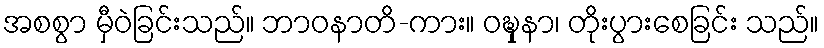
အစစွာ မှီဝဲခြင်းသည်။ ဘာဝနာတိ-ကား။ ဝဍ္ဎှနာ၊ တိုးပွားစေခြင်း သည်။